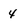
Character: 4